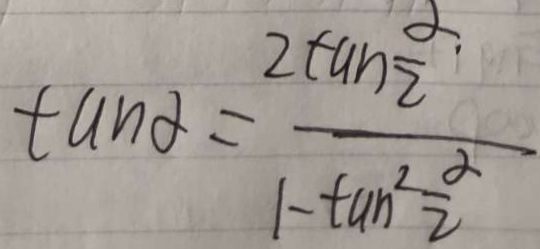
\tan \alpha = \frac { 2 \tan \frac { \alpha . } { 2 } } { 1 - \tan ^ { 2 } \frac { \alpha } { 2 } }